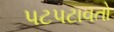
પટપટાવતો